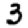
Digit: 3